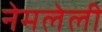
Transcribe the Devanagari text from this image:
नेमलेली